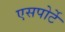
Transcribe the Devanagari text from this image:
एसपोर्टे